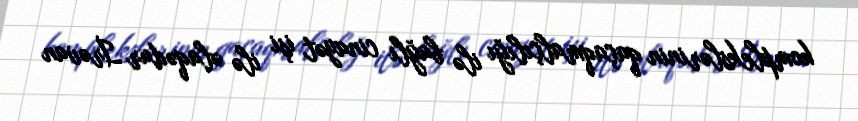
komplekslərinin qaçaqmalçılığı ilə bağlı cinayət işi ilə əlaqədar İrəvan